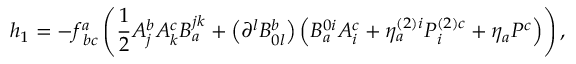
h _ { 1 } = - f _ { \; b c } ^ { a } \left( \frac { 1 } { 2 } A _ { j } ^ { b } A _ { k } ^ { c } B _ { a } ^ { j k } + \left( \partial ^ { l } B _ { 0 l } ^ { b } \right) \left( B _ { a } ^ { 0 i } A _ { i } ^ { c } + \eta _ { a } ^ { \left( 2 \right) i } { \cal P } _ { i } ^ { \left( 2 \right) c } + \eta _ { a } { \cal P } ^ { c } \right) \right) ,